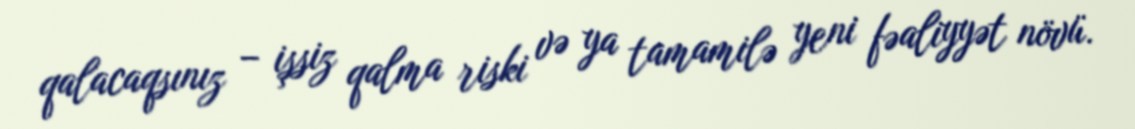
qalacaqsınız – işsiz qalma riski və ya tamamilə yeni fəaliyyət növü.